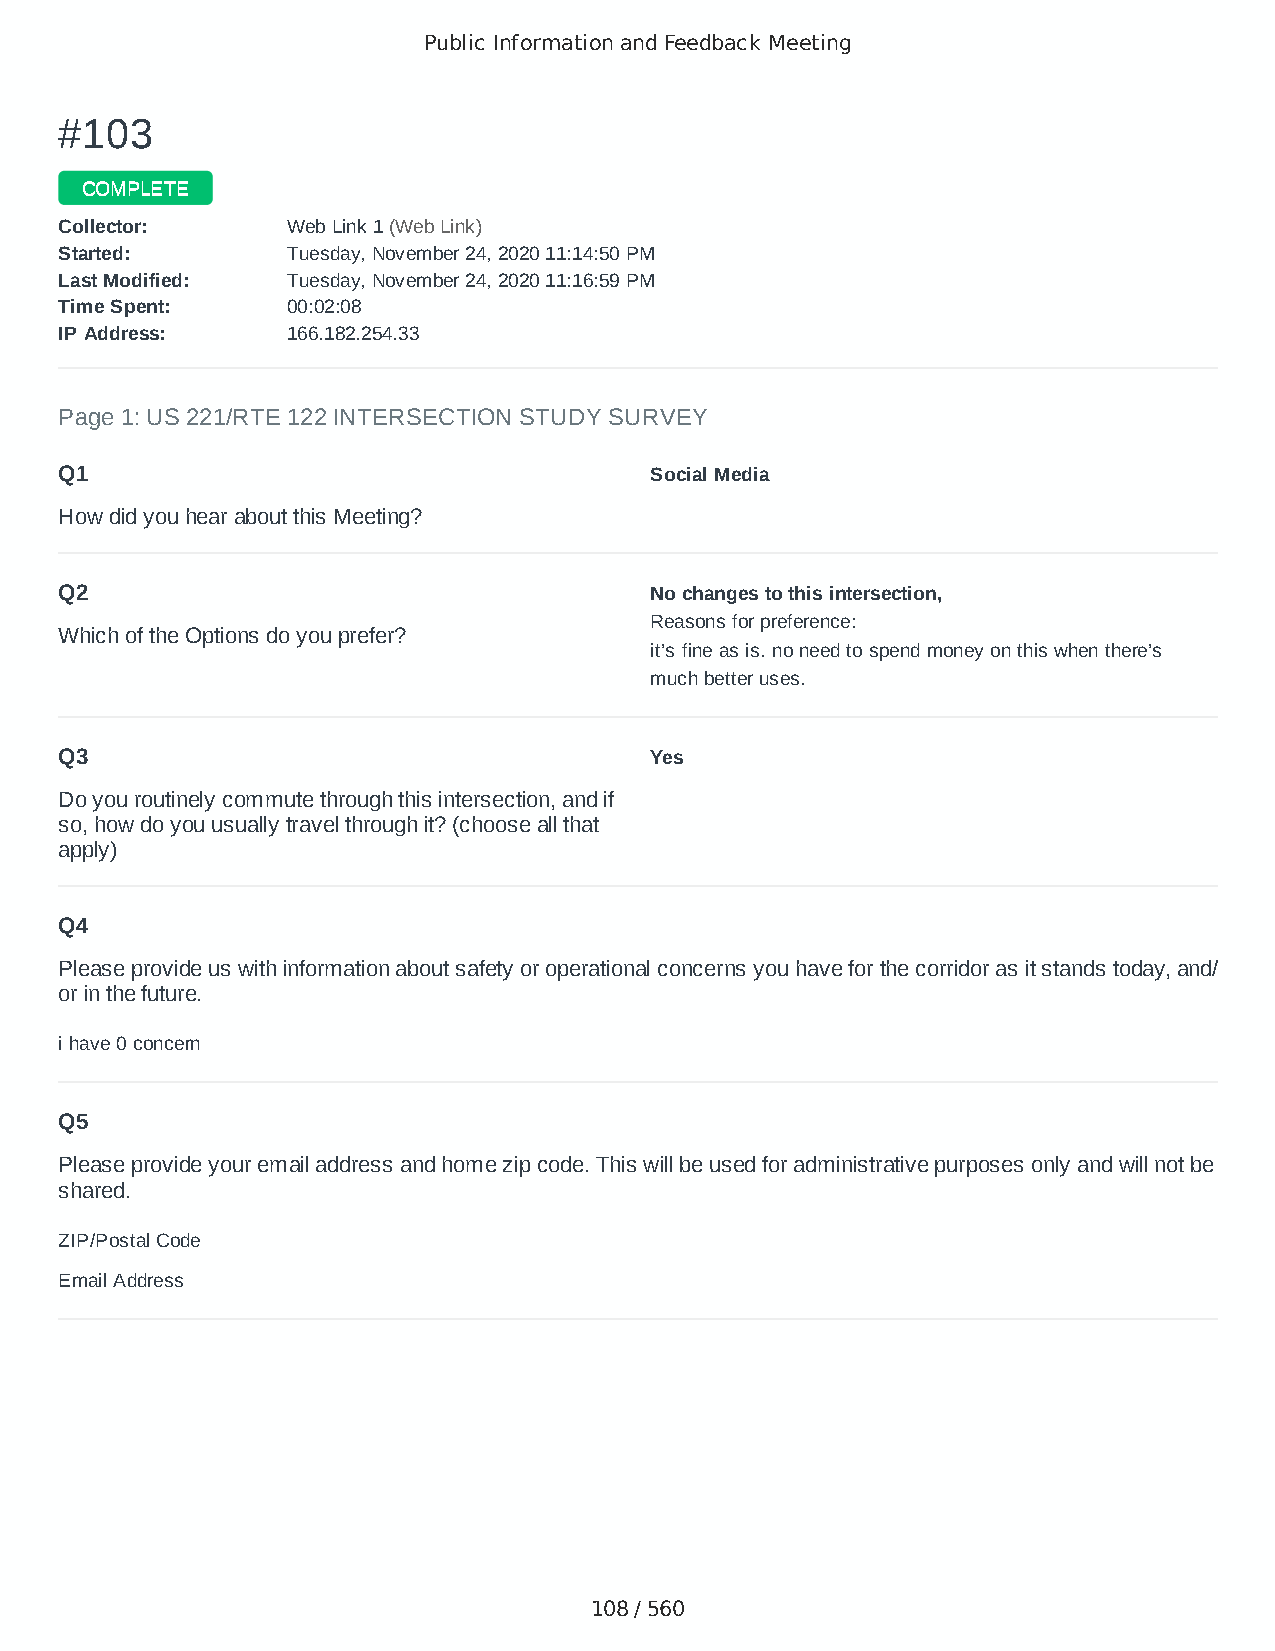
Public Information and Feedback Meeting
 ##110033
 CCOOMMPPLLEETTEE
 CCoolllleeccttoorr:: WWeebb LLiinnkk 11 ((WWeebb LLiinnkk))
 SSttaarrtteedd:: TTuueessddaayy,, NNoovveemmbbeerr 2244,, 22002200 1111::1144::5500 PPMM
 LLaasstt MMooddiiffiieedd:: TTuueessddaayy,, NNoovveemmbbeerr 2244,, 22002200 1111::1166::5599 PPMM
 TTiimmee SSppeenntt:: 0000::0022::0088
 IIPP AAddddrreessss:: 116666..118822..225544..3333
 Page 1: US 221/RTE 122 INTERSECTION STUDY SURVEY
 Q1                                     Social Media
 How did you hear about this Meeting?
 Q2                                     No changes to this intersection,
 Reasons for preference:
 Which of the Options do you prefer?
 it’s fine as is. no need to spend money on this when there’s
 much better uses.
 Q3                                     Yes
 Do you routinely commute through this intersection, and if
 so, how do you usually travel through it? (choose all that
 apply)
 Q4
 Please provide us with information about safety or operational concerns you have for the corridor as it stands today, and/
 or in the future.
 i have 0 concern
 Q5
 Please provide your email address and home zip code. This will be used for administrative purposes only and will not be
 shared.
 ZIP/Postal Code                        24523
 Email Address                          lexi.padgett@aol.com
 108 / 560